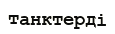
танктерді